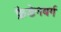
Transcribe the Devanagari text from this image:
फ्रैडेनबर्ग